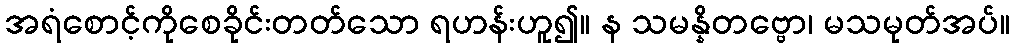
အရံစောင့်ကိုစေခိုင်းတတ်သော ရဟန်းဟူ၍။ န သမန္နိတဗ္ဗော၊ မသမုတ်အပ်။